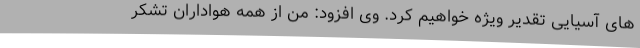
های آسیایی تقدیر ویژه خواهیم کرد. وی افزود: من از همه هواداران تشکر